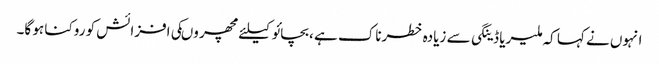
انہوں نے کہا کہ ملیریا ڈینگی سے زیادہ خطرناک ہے ،بچائو کیلئے مچھر وںکی افزائش کو روکنا ہو گا۔